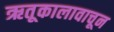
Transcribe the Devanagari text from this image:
ऋतूकालावाचून